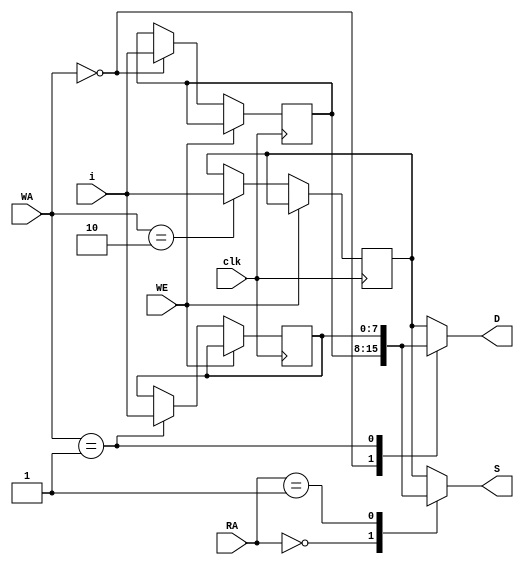
module Register(WE,clk,RA,WA,i,S,D);
    input WE,clk;
    input [1:0] RA,WA;
    input [7:0] i;

    output[7:0] S,D;

    reg [7:0] S,D;
    reg [7:0] a=8'b00000000;
    reg [7:0] b=8'b00000000;
    reg [7:0] c=8'b10000000;

    always @(RA) begin
        case(RA)
            2'b00: S=a;
            2'b01: S=b;
            default: S=c;
        endcase
    end

    always @(WA) begin
        case(WA)
            2'b00: D=a;
            2'b01: D=b;
            default: D=c;
        endcase
    end

    always @(negedge clk) begin
        if(WE==0) begin
            case(WA)
                2'b00: a<=i;
                2'b01: b<=i;
                2'b10: c<=i;
            endcase
        end
    end

endmodule //Register